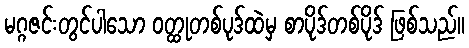
မဂ္ဂဇင်းတွင်ပါသော ဝတ္ထုတစ်ပုဒ်ထဲမှ စာပိုဒ်တစ်ပိုဒ် ဖြစ်သည်။